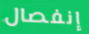
إنفصال